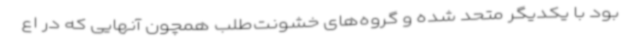
بود با یکدیگر متحد شده و گروه‌های خشونت‌طلب همچون آنهایی که در اع